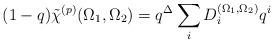
LaTeX: \begin{align*}(1-q)\tilde{\chi}^{(p)}(\Omega_1,\Omega_2) = q^\Delta\sum_i D_i^{(\Omega_1,\Omega_2)} q^i\end{align*}